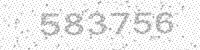
Solution: 583756